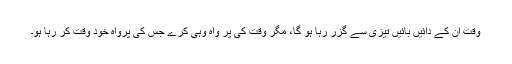
وقت ان کے دائیں بائیں تیزی سے گزر رہا ہو گا، مگر وقت کی پر واہ وہی کرے جس کی پرواہ خود وقت کر رہا ہو۔